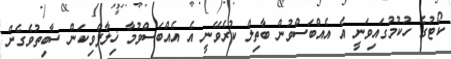
ކޯޓުގެ ހުކުމުގައިވަނީ އެ އެއްބަސްވުން ބާތިލް ކުރެވޭނީ އެ އެއްބަސްވުމާ ޚިލާފްވިކަން ސާބިތުވެގެން